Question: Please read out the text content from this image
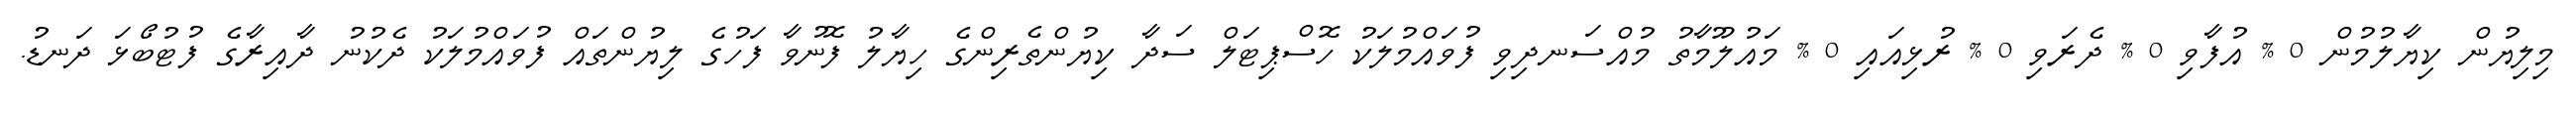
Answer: މިލިޔުން ކިޔާލުމުން 0 % އުފާވި 0 % ދެރަވި 0 % ރުޅިއައި 0 % މައުލޫމާތު މުއްސަނދިވި ފުވައްމުލަކު ހޮސްޕިޓަލް ސަދާ ކިޔުންތެރިންގެ ހިޔާލު ފޮނުވާ ފަހުގެ ލިޔުންތައް ފުވައްމުލަކު ދެކުނު ދާއިރާގެ ފުޓުބޯޅަ ދަނޑު.